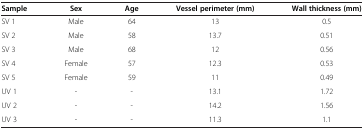
| Sample | Sex | Age | Vessel perimeter (mm) | Wall thickness (mm) |
 | --- | --- | --- | --- | --- |
 | SV 1 | Male | 64 | 13 | 0.5 |
 | SV 2 | Male | 58 | 13.7 | 0.51 |
 | SV 3 | Male | 68 | 12 | 0.56 |
 | SV 4 | Female | 57 | 12.3 | 0.53 |
 | SV 5 | Female | 59 | 11 | 0.49 |
 | UV 1 | - | - | 13.1 | 1.72 |
 | UV 2 | - | - | 14.2 | 1.56 |
 | UV 3 | - | - | 11.3 | 1.1 |